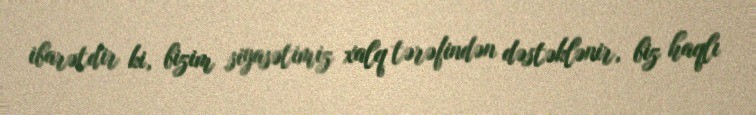
ibarətdir ki, bizim siyasətimiz xalq tərəfindən dəstəklənir, biz haqlı